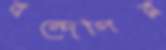
বন্দেগির